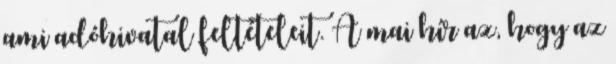
ami adóhivatal feltételeit. A mai hír az, hogy az